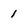
Character: 1